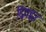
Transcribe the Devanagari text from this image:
द्विगह्वर